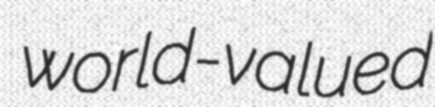
world-valued